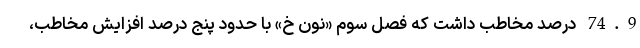
74.9 درصد مخاطب داشت که فصل سوم «نون خ» با حدود پنج درصد افزایش مخاطب،